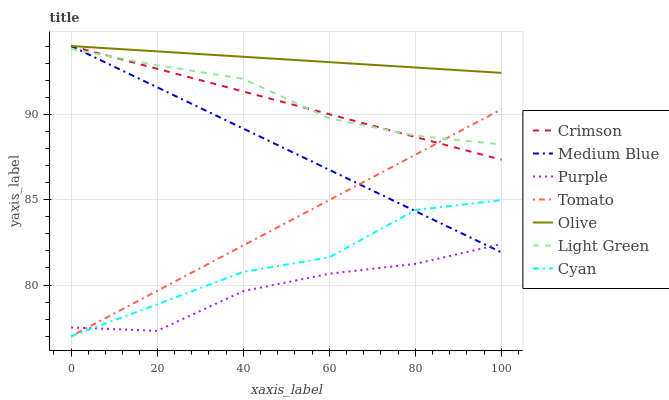
| xaxis_label | Crimson | Medium Blue | Purple | Tomato | Olive | Light Green | Cyan |
 | --- | --- | --- | --- | --- | --- | --- | --- |
 | 0 | 94 | 94 | 77.5 | 77 | 94 | 93.8 | 77 |
 | 20 | 92.7 | 91.6 | 77.3 | 79.7 | 93.7 | 92.9 | 78.9 |
 | 40 | 91.3 | 89.2 | 79.6 | 82.3 | 93.4 | 92.1 | 80.8 |
 | 60 | 90 | 86.7 | 80.7 | 85 | 93.1 | 89.8 | 81.6 |
 | 80 | 88.7 | 84.3 | 81.2 | 87.6 | 92.7 | 88.8 | 84.4 |
 | 100 | 87.3 | 81.9 | 82.4 | 90.3 | 92.4 | 88.2 | 85 |